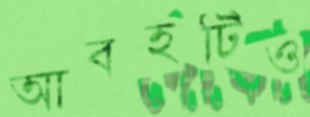
আবহটিও